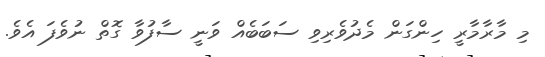
މި މާރާމާރީ ހިންގަން މެދުވެރިވި ސަބަބެއް ވަނީ ސާފުވާ ގޮތް ނުވެފަ އެވެ.